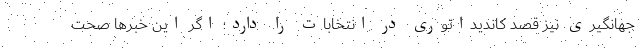
جهانگیری نیز قصد کاندیداتوری در انتخابات را دارد؛ اگر این خبرها صحت